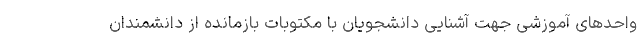
واحدهای آموزشی جهت آشنایی دانشجویان با مکتوبات بازمانده از دانشمندان